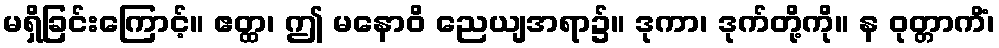
မရှိခြင်းကြောင့်။ ဧတ္ထ၊ ဤ မနောဝိ ညေယျအရာ၌။ ဒုကာ၊ ဒုက်တို့ကို။ န ဝုတ္တာကိံ၊